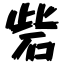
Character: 砦